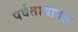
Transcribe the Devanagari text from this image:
पर्वताबाबत